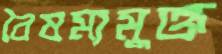
বৈষম্যমুক্ত